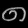
Digit: ၈